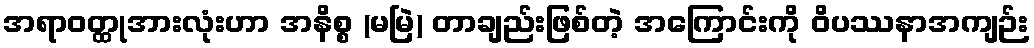
အရာဝတ္ထုအားလုံးဟာ အနိစ္စ (မမြဲ) တာချည်းဖြစ်တဲ့ အကြောင်းကို ဝိပဿနာအကျဉ်း